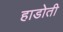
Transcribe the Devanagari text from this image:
हाडोती